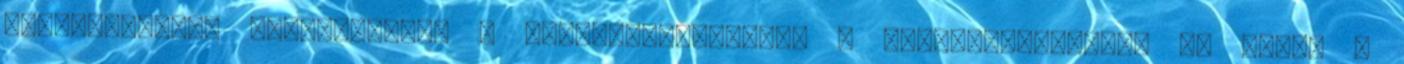
körülményeket biztosítsunk a munkatársainknak, a beszállítóinknak és annak a